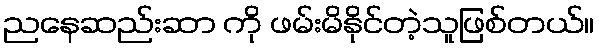
ညနေဆည်းဆာ ကို ဖမ်းမိနိုင်တဲ့သူဖြစ်တယ်။